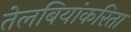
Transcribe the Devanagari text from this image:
तेलबियांकरिता